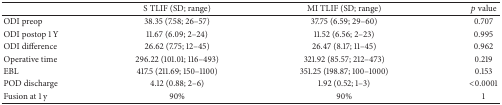
<table><thead><tr><td><b> </b></td><td><b>S TLIF (SD; range)</b></td><td><b>MI TLIF (SD; range)</b></td><td><b><i>p</i> value</b></td></tr></thead><tbody><tr><td>ODI preop</td><td>38.35 (7.58; 26–57)</td><td>37.75 (6.59; 29–60)</td><td>0.707</td></tr><tr><td>ODI postop 1 Y</td><td>11.67 (6.09; 2–24)</td><td>11.52 (6.56; 2–23)</td><td>0.995</td></tr><tr><td>ODI difference</td><td>26.62 (7.75; 12–45)</td><td>26.47 (8.17; 11–45)</td><td>0.962</td></tr><tr><td>Operative time</td><td>296.22 (101.01; 116–493)</td><td>321.92 (85.57; 212–473)</td><td>0.219</td></tr><tr><td>EBL</td><td>417.5 (211.69; 150–1100)</td><td>351.25 (198.87; 100–1000)</td><td>0.153</td></tr><tr><td>POD discharge</td><td>4.12 (0.88; 2–6)</td><td>1.92 (0.52; 1–3)</td><td>&lt;0.0001</td></tr><tr><td>Fusion at 1 y</td><td>90%</td><td>90%</td><td>1</td></tr></tbody></table>